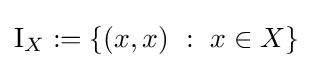
\operatorname {I} _{X}:=\{(x,x)~:~x\in X\}